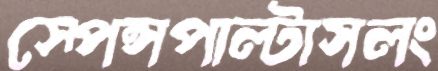
স্পেন্সপাল্‌টাসলং